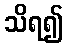
သိရ၍